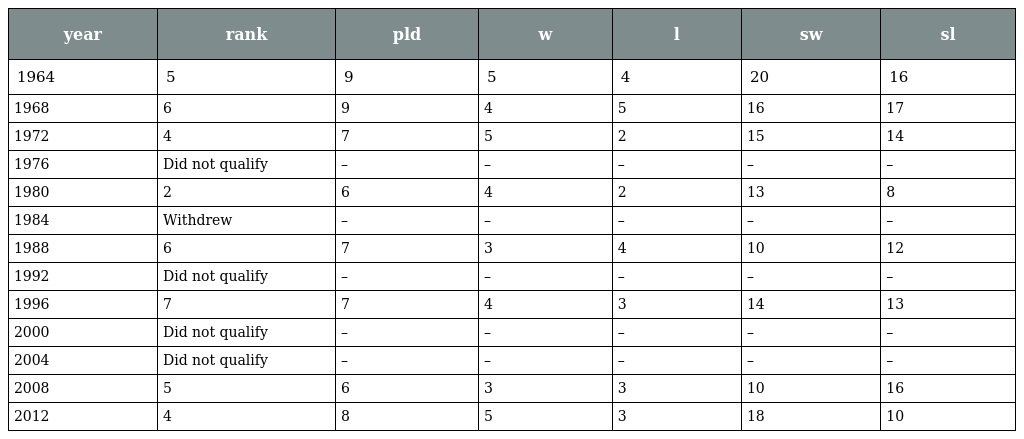
| year | rank | pld | w | l | sw | sl |
 | --- | --- | --- | --- | --- | --- | --- |
 | 1964 | 5 | 9 | 5 | 4 | 20 | 16 |
 | 1968 | 6 | 9 | 4 | 5 | 16 | 17 |
 | 1972 | 4 | 7 | 5 | 2 | 15 | 14 |
 | 1976 | Did not qualify | – | – | – | – | – |
 | 1980 | 2 | 6 | 4 | 2 | 13 | 8 |
 | 1984 | Withdrew | – | – | – | – | – |
 | 1988 | 6 | 7 | 3 | 4 | 10 | 12 |
 | 1992 | Did not qualify | – | – | – | – | – |
 | 1996 | 7 | 7 | 4 | 3 | 14 | 13 |
 | 2000 | Did not qualify | – | – | – | – | – |
 | 2004 | Did not qualify | – | – | – | – | – |
 | 2008 | 5 | 6 | 3 | 3 | 10 | 16 |
 | 2012 | 4 | 8 | 5 | 3 | 18 | 10 |